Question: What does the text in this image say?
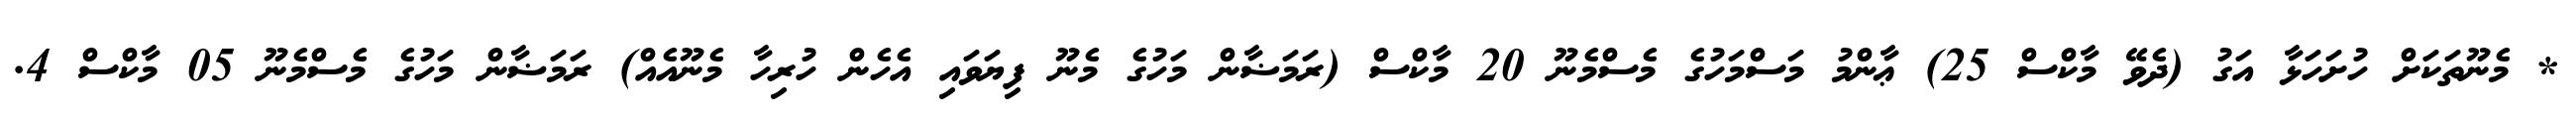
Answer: * މެނޫތަކަށް ހުށަހަޅާ އަގު (ދެވޭ މާކްސް 25) ޢާންމު މަސްމަހުގެ މެސްމެނޫ 20 މާކްސް (ރަމަޟާން މަހުގެ މެނޫ ފިޔަވައި އެހެން ހުރިހާ މެނޫއެއް) ރަމަޟާން މަހުގެ މެސްމެނޫ 05 މާކްސް 4.